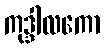
ကုဒ္ဒါလကော